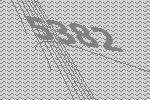
5382